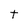
Character: t